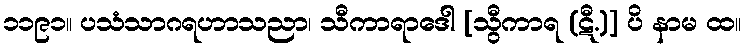
၁၁၉၁။ ပသံသာဂရဟာသညာ၊ သီကာရာဒေါ [သွီကာရ (ဋီ.)] ပိ နာမ ထ။